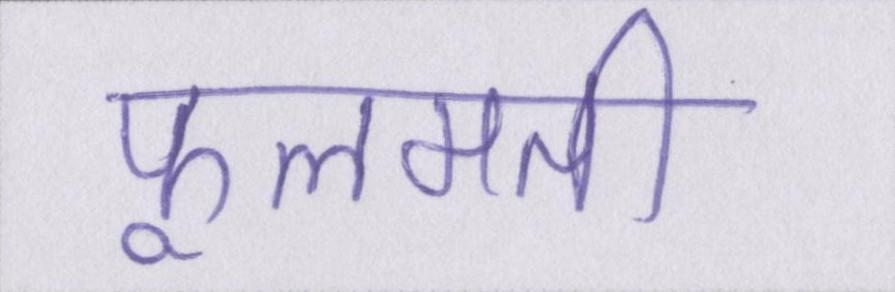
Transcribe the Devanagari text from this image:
फूलमती